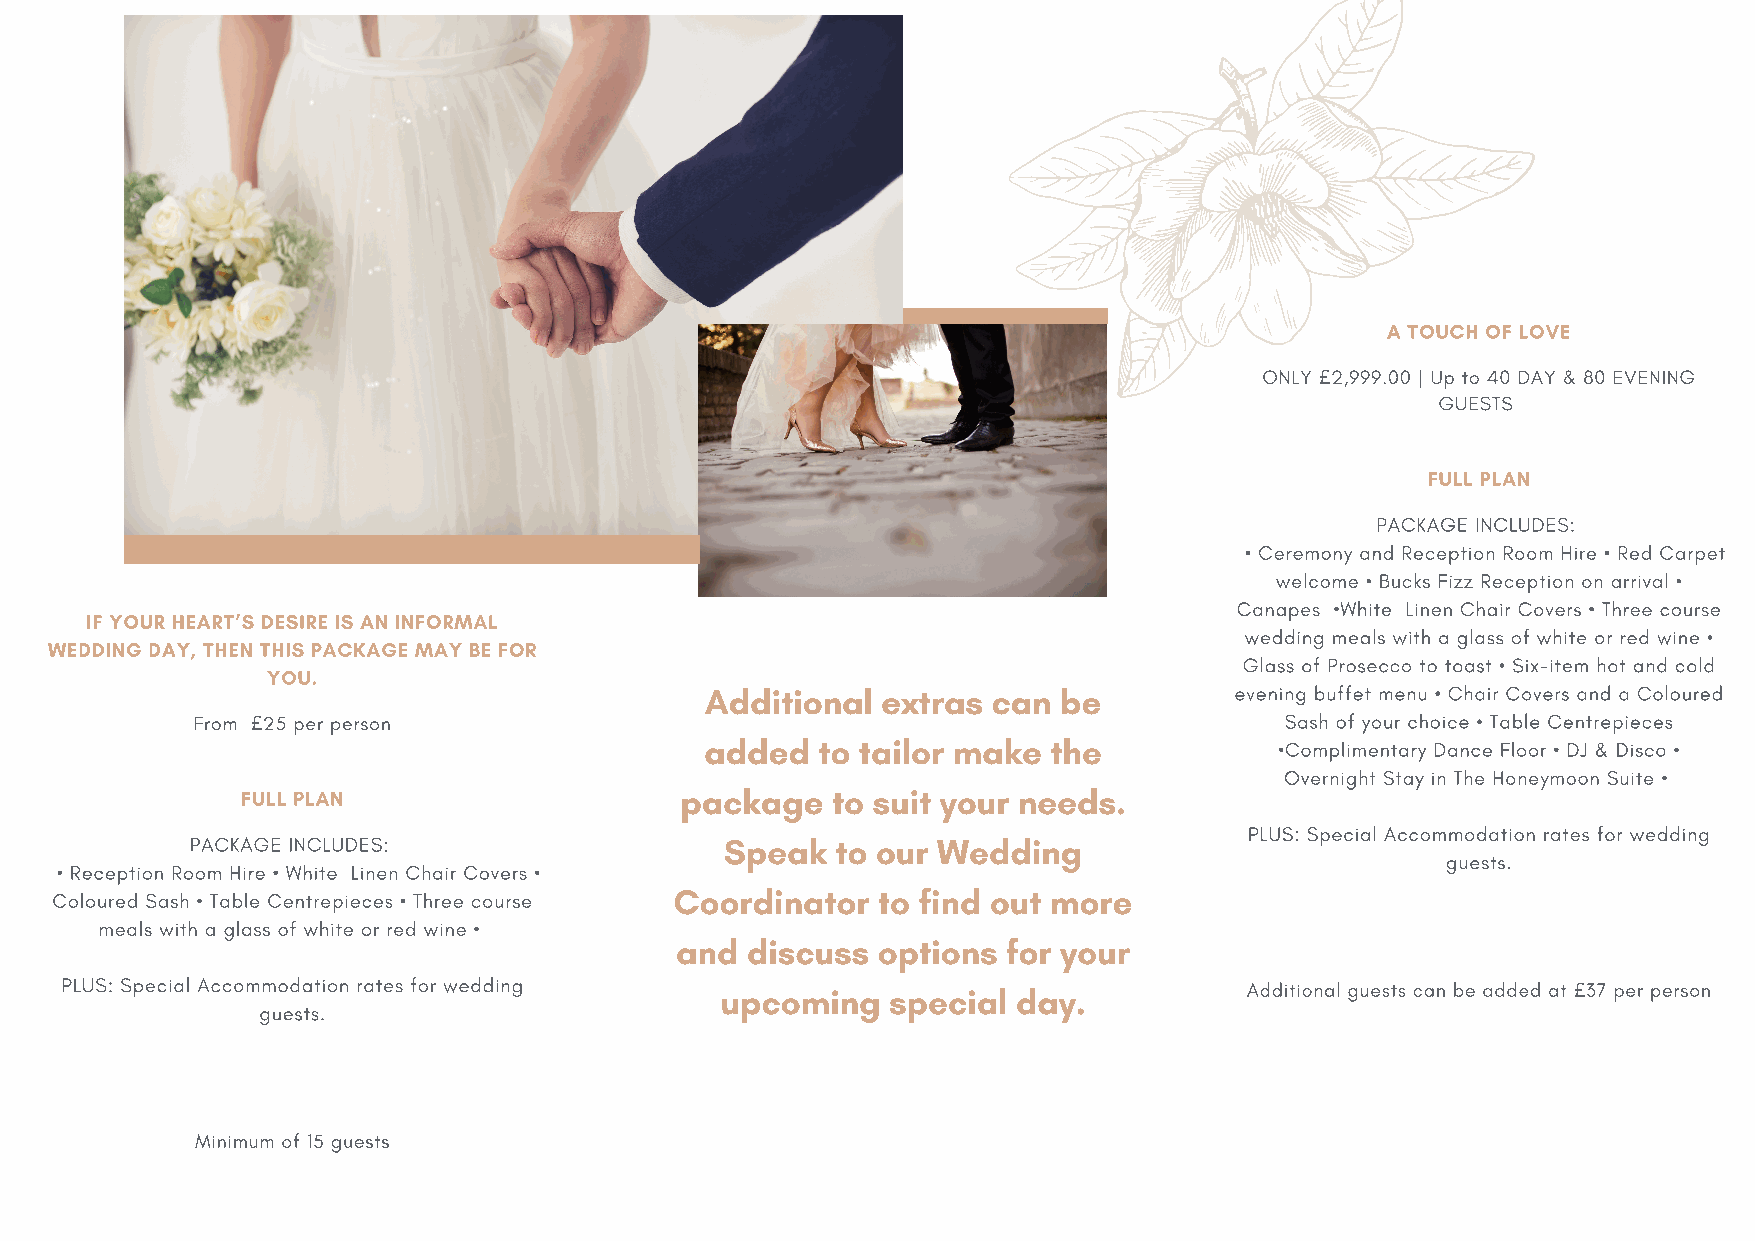
A TOUCH OF LOVE
 ONLY £2,999.00 | Up to 40 DAY & 80 EVENING
 GUESTS
 FULL PLAN
 PACKAGE INCLUDES:
 • Ceremony and Reception Room Hire • Red Carpet
 welcome • Bucks Fizz Reception on arrival •
 Canapes •White Linen Chair Covers • Three course
 IF YOUR HEART’S DESIRE IS AN INFORMAL
 wedding meals with a glass of white or red wine •
 WEDDING DAY, THEN THIS PACKAGE MAY BE FOR
 Glass of Prosecco to toast • Six-item hot and cold
 YOU.
 Additional extras  can be          evening buffet menu • Chair Covers and a Coloured
 From £25 per person                                                     Sash of your choice • Table Centrepieces
 added  to tailor make  the
 •Complimentary Dance Floor • DJ & Disco •
 Overnight Stay in The Honeymoon Suite •
 package   to suit your needs.
 FULL PLAN
 PLUS: Special Accommodation rates for wedding
 PACKAGE INCLUDES:                  Speak  to our Wedding
 guests.
 • Reception Room Hire • White Linen Chair Covers •
 Coordinator  to find out more
 Coloured Sash • Table Centrepieces • Three course
 meals with a glass of white or red wine •
 and discuss  options  for your
 PLUS: Special Accommodation rates for wedding upcoming special day.           Additional guests can be added at £37 per person
 guests.
 Minimum of 15 guests